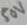
Text: 50V